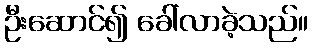
ဦးဆောင်၍ ခေါ်လာခဲ့သည်။